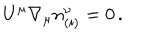
U ^ { \mu } { \nabla } _ { \mu } n _ { ( i ) } ^ { \nu } = 0 \, .